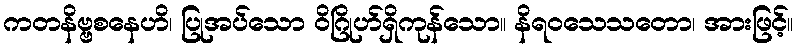
ကတနိဗ္ဗစနေဟိ၊ ပြုအပ်သော ဝိဂြိုဟ်ရှိကုန်သော။ နိရဝသေသတော၊ အားဖြင့်။